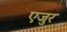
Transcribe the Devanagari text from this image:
एजुर